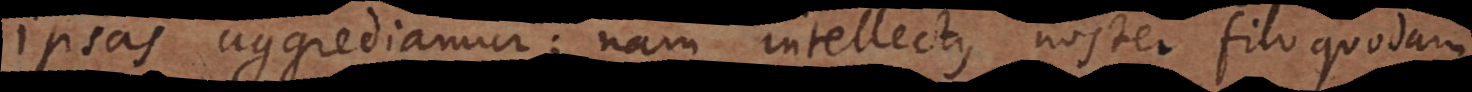
ipsas aggrediamur; nam intellectus noster filo quodam